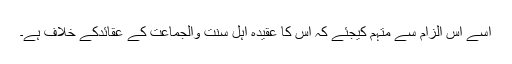
اسے اس الزام سے متہم کیجئے کہ اس کا عقیدہ اہل سنت والجماعت کے عقائدکے خلاف ہے۔